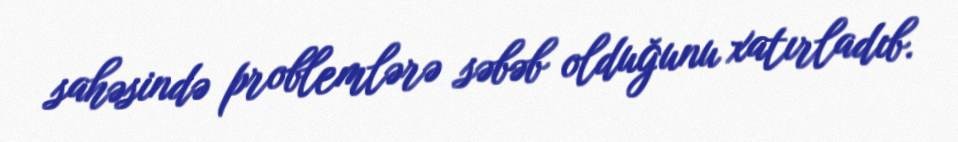
sahəsində problemlərə səbəb olduğunu xatırladıb.